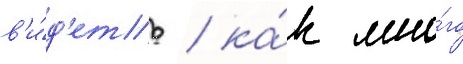
в'и́д'еть / ка́к мно́го